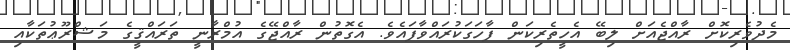
މެދުވެރިކޮށް ރާއްޖެއަށް ލިބޭ އެހީތެރިކަން ފާހަގަކުރައްވާފައެވެ. އެގޮތުން ރާއްޖޭގެ އުމްރާނީ ތަރައްޤީގެ މަޝްރޫޢުތަކާއި